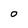
Character: O